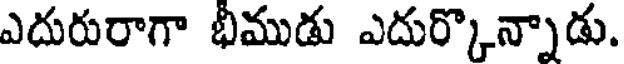
ఎదురురాగా భీముడు ఎదుర్కొన్నాడు.